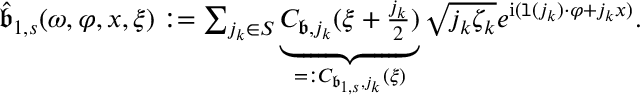
\begin{array} { r } { \widehat { \mathfrak { b } } _ { 1 , s } ( \omega , \varphi , x , \xi ) : = \sum _ { j _ { k } \in S } \underbrace { C _ { \mathfrak { b } , j _ { k } } ( \xi + \frac { j _ { k } } 2 ) } _ { = : C _ { \mathfrak { b } _ { 1 , s } , j _ { k } } ( \xi ) } \sqrt { j _ { k } \zeta _ { k } } e ^ { \mathrm { i } ( \mathtt { l } ( j _ { k } ) \cdot \varphi + j _ { k } x ) } . } \end{array}